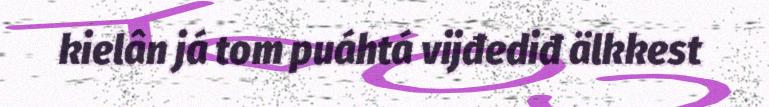
kielân já tom puáhtá vijđediđ älkkest